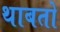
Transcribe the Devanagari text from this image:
थाबतो